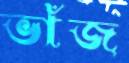
ভাঁজ